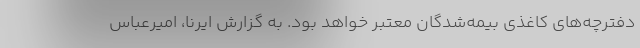
دفترچه‌های کاغذی بیمه‌شدگان معتبر خواهد بود. به گزارش ایرنا، امیرعباس